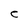
Character: C